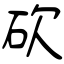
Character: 砍